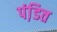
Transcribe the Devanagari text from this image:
पंडि़त